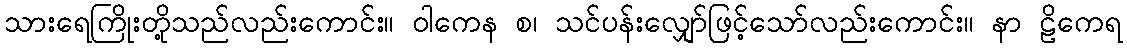
သားရေကြိုးတို့သည်လည်းကောင်း။ ဝါကေန စ၊ သင်ပန်းလျှော်ဖြင့်သော်လည်းကောင်း။ နာ ဠိကေရ